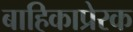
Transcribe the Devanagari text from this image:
बाहिकाप्रेरक